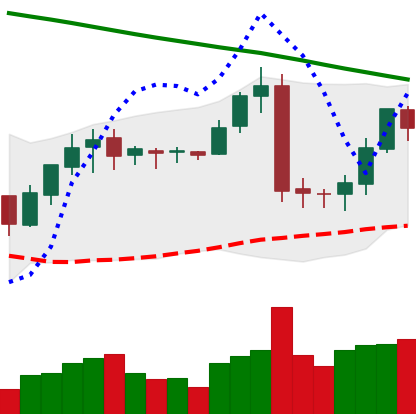
Ticker: BNB-USD
Chart end date: 2019-02-03
Forward return: 27.269%
Label: up_7plus